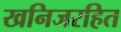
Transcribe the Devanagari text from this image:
खनिजरहित